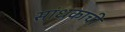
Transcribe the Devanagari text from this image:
सांधकाची